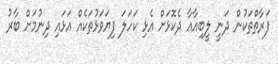
ފަރާތްތަކުން ދަނީ ލީބިއާއާ ދެކޮޅަށް އެޅި ކަހަލަ ފިޔަވަޅުތަކެއް އަޅައި ދިނުމަށް ބާރު